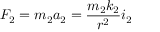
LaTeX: F _ { 2 } = m _ { 2 } a _ { 2 } = { \frac { m _ { 2 } k _ { 2 } } { r ^ { 2 } } } i _ { 2 }